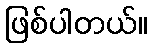
ဖြစ်ပါတယ်။